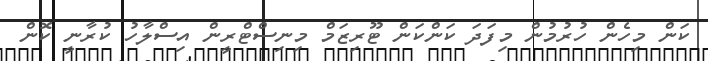
ކަން މިހެން ހުރުމުން މިފަދަ ކަންކަން ޓޫރިޒަމް މިނިސްޓްރީން އިސްލާހު ކުރާނީ ކޮން